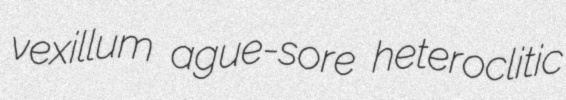
vexillum ague-sore heteroclitic